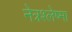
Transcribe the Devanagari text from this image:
नेत्रश्लेष्मा